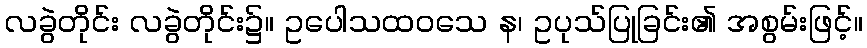
လခွဲတိုင်း လခွဲတိုင်း၌။ ဥပေါသထဝသေ န၊ ဥပုသ်ပြုခြင်း၏ အစွမ်းဖြင့်။